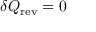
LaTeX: \delta Q _ { \mathrm { r e v } } = 0